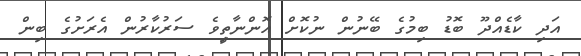
އަދި ކާޑެއްދޫ ބޮޑު ބިމުގެ ބޭނުން ނުކޮށް އޮންނާތިީވެ ސަރުކާރުން އެރަށުގެ ބިން